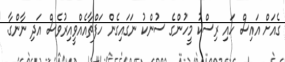
ގެއަށް އައިސް ހައި ރިސްކު މީހުންގެ ސުންކު ނަގައިގެން ހަފްތާއެއްވީއިރުވެސް އަދި ނާންގާ.